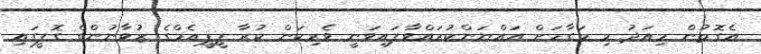
އެގޮތުން މިއަދު މި މަގާމަށް އައްޔަންކުރައްވާފައިވަނީ ވެރިކަން ކުރާ ޕީޕީއެމްގެ ޒުވާނުންގެ ގޮފީގައި